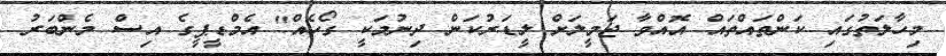
މިހާލަތުގައި ކަންތައްތައް އޮއްވާ ޖަމީލަށް ލީޑަރުކަން ދިނުމަކީ ގޯހެއް" އެމްޑީޕީގެ އިސް މެންބަރު